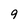
Character: 9